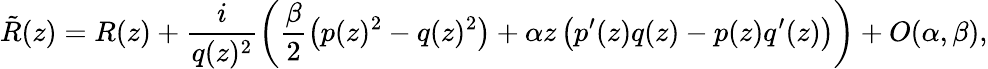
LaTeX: {\tilde{R}}(z)=R(z)+\frac{i}{q(z)^{2}}\left(\frac{\beta}{2}\left(p(z)^{2}-q(z)^{2}\right)+\alpha z\left(p^{\prime}(z)q(z)-p(z)q^{\prime}(z)\right)\right)+O(\alpha,\beta),